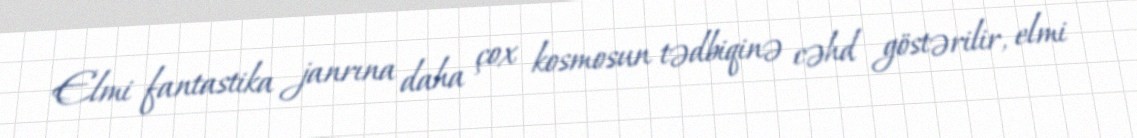
Elmi fantastika janrına daha çox kosmosun tədbiqinə cəhd göstərilir, elmi